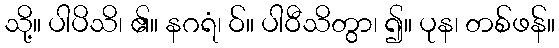
သို့။ ပါပိသိ၊ ၏။ နဂရံ၊ ဝ်။ ပါဝီသိတွာ၊ ၍။ ပုန၊ တစ်ဖန်။